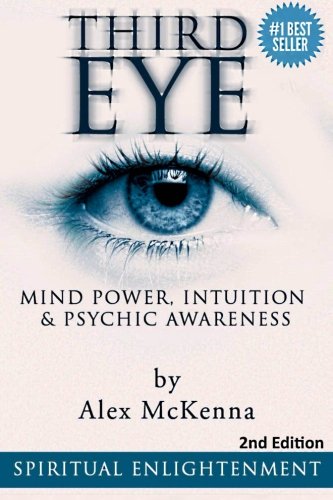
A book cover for Third Eye: Third Eye, Mind Power, Intuition & Psychic Awareness: Spiritual Enlightenment; Alex McKenna; Religion & Spirituality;